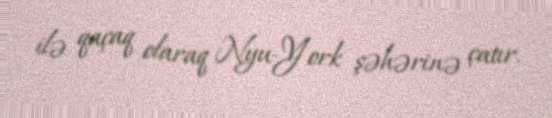
ilə qaçaq olaraq Nyu-York şəhərinə çatır.